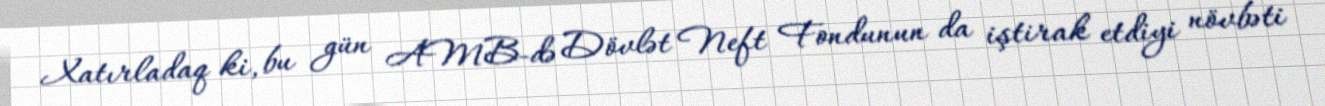
Xatırladaq ki, bu gün AMB-də Dövlət Neft Fondunun da iştirak etdiyi növbəti